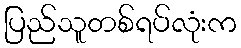
ပြည်သူတစ်ရပ်လုံးက